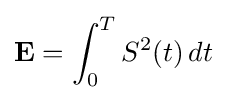
\mathbf {E} =\int _{0}^{T}S^{2}(t)\,dt